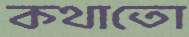
কথাতো